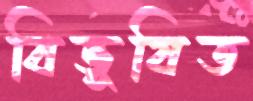
বিভূষিত